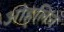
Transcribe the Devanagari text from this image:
ओह्‌लिन